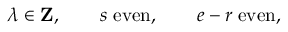
\lambda \in { \bf Z } , \qquad s \; \mathrm { e v e n } , \qquad e - r \; \mathrm { e v e n } ,